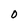
Character: O